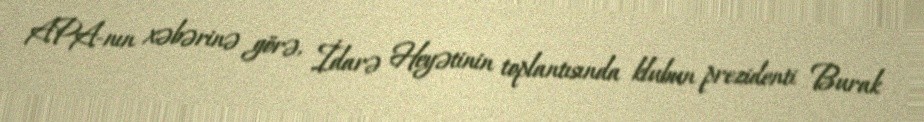
APA-nın xəbərinə görə, İdarə Heyətinin toplantısında klubun prezidenti Burak